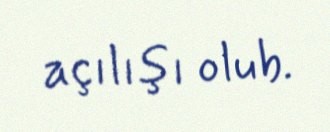
açılışı olub.